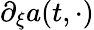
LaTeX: \partial_{\xi}a(t,\cdot)